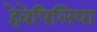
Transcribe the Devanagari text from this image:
हेबेपिलिया